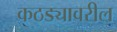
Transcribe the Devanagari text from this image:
कठड्यावरील